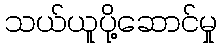
သယ်ယူပို့ဆောင်မှု